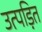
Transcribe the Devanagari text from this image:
उत्पड़ित